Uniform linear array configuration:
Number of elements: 12
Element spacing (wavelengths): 0.75
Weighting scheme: binomial
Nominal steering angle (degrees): -30
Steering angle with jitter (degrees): -29.193
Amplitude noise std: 0.05
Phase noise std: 0.05

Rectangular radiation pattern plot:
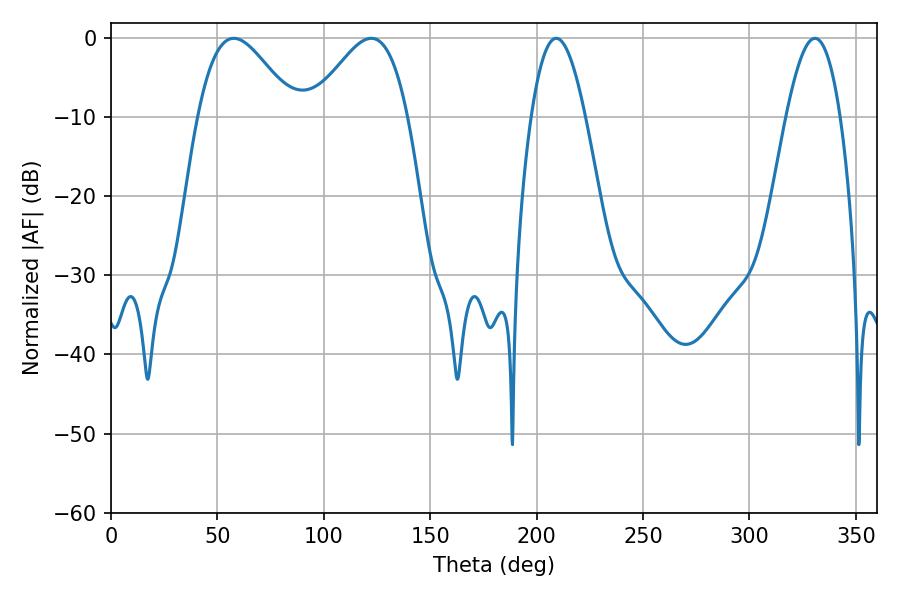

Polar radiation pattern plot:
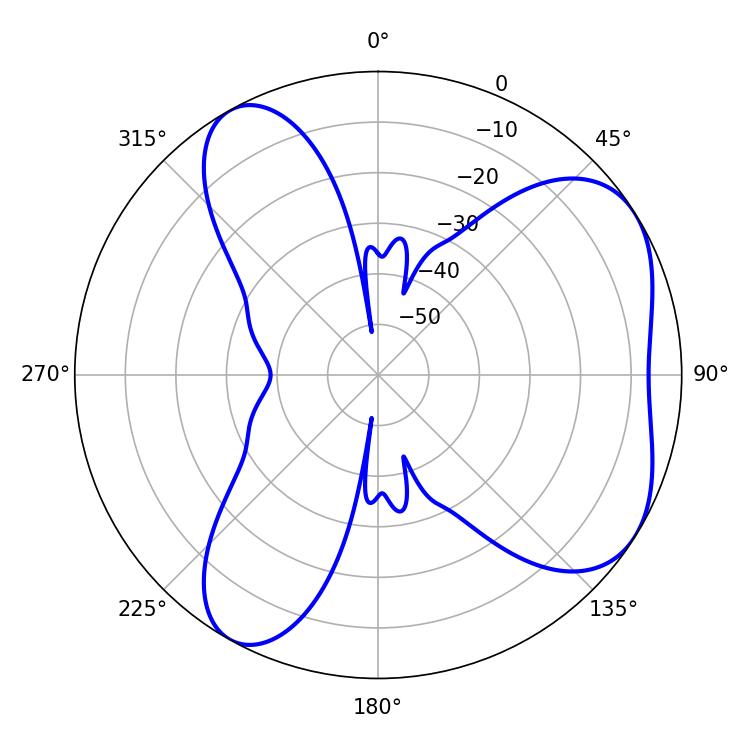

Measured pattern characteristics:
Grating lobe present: TRUE
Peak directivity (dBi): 5.484
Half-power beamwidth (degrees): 24.3
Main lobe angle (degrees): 57.78